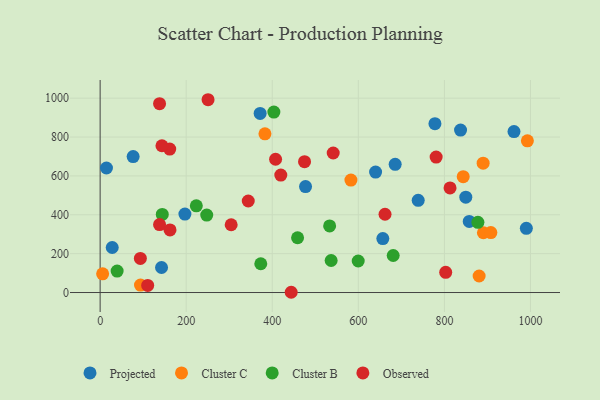
{"axis": {"x": "Price", "y": "Salary"}, "legend": ["Cluster B", "Cluster C", "Observed", "Projected"], "data": [{"x": "371.8", "y": 921.5, "type": "Projected"}, {"x": "990.4", "y": 330.3, "type": "Projected"}, {"x": "656.9", "y": 277.5, "type": "Projected"}, {"x": "778.0", "y": 868.7, "type": "Projected"}, {"x": "76.7", "y": 699.3, "type": "Projected"}, {"x": "837.5", "y": 835.9, "type": "Projected"}, {"x": "739.1", "y": 474.3, "type": "Projected"}, {"x": "28.1", "y": 231.6, "type": "Projected"}, {"x": "197.0", "y": 403.4, "type": "Projected"}, {"x": "477.3", "y": 545.3, "type": "Projected"}, {"x": "640.1", "y": 619.5, "type": "Projected"}, {"x": "849.7", "y": 490.5, "type": "Projected"}, {"x": "142.7", "y": 128.7, "type": "Projected"}, {"x": "961.7", "y": 827.9, "type": "Projected"}, {"x": "857.7", "y": 365.6, "type": "Projected"}, {"x": "685.6", "y": 659.7, "type": "Projected"}, {"x": "14.7", "y": 640.6, "type": "Projected"}, {"x": "582.8", "y": 578.6, "type": "Cluster C"}, {"x": "890.6", "y": 307.5, "type": "Cluster C"}, {"x": "880.7", "y": 85.1, "type": "Cluster C"}, {"x": "383.0", "y": 816.5, "type": "Cluster C"}, {"x": "992.8", "y": 780.4, "type": "Cluster C"}, {"x": "93.8", "y": 38.5, "type": "Cluster C"}, {"x": "843.7", "y": 595.9, "type": "Cluster C"}, {"x": "890.0", "y": 665.4, "type": "Cluster C"}, {"x": "5.8", "y": 96.0, "type": "Cluster C"}, {"x": "907.9", "y": 308.6, "type": "Cluster C"}, {"x": "681.0", "y": 190.6, "type": "Cluster B"}, {"x": "536.8", "y": 164.9, "type": "Cluster B"}, {"x": "458.8", "y": 281.8, "type": "Cluster B"}, {"x": "599.7", "y": 162.3, "type": "Cluster B"}, {"x": "403.7", "y": 928.6, "type": "Cluster B"}, {"x": "247.7", "y": 398.7, "type": "Cluster B"}, {"x": "144.4", "y": 401.9, "type": "Cluster B"}, {"x": "223.5", "y": 445.9, "type": "Cluster B"}, {"x": "877.8", "y": 361.1, "type": "Cluster B"}, {"x": "39.5", "y": 110.6, "type": "Cluster B"}, {"x": "373.3", "y": 148.1, "type": "Cluster B"}, {"x": "533.3", "y": 342.9, "type": "Cluster B"}, {"x": "161.7", "y": 738.1, "type": "Observed"}, {"x": "304.5", "y": 348.7, "type": "Observed"}, {"x": "138.1", "y": 349.8, "type": "Observed"}, {"x": "803.0", "y": 103.8, "type": "Observed"}, {"x": "138.1", "y": 971.5, "type": "Observed"}, {"x": "444.0", "y": 1.3, "type": "Observed"}, {"x": "143.6", "y": 755.3, "type": "Observed"}, {"x": "250.8", "y": 992.0, "type": "Observed"}, {"x": "162.4", "y": 321.9, "type": "Observed"}, {"x": "780.8", "y": 696.7, "type": "Observed"}, {"x": "93.5", "y": 175.7, "type": "Observed"}, {"x": "344.2", "y": 471.0, "type": "Observed"}, {"x": "662.0", "y": 402.7, "type": "Observed"}, {"x": "541.6", "y": 718.0, "type": "Observed"}, {"x": "419.8", "y": 604.5, "type": "Observed"}, {"x": "475.0", "y": 673.3, "type": "Observed"}, {"x": "110.5", "y": 36.4, "type": "Observed"}, {"x": "407.7", "y": 685.8, "type": "Observed"}, {"x": "813.1", "y": 538.2, "type": "Observed"}]}